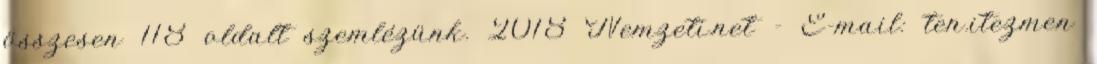
összesen 118 oldalt szemlézünk. 2018 Nemzeti.net - E-mail: ten.itezmen